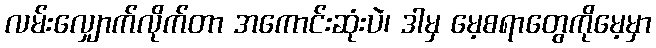
လမ်းလျှောက်လိုက်တာ အကောင်းဆုံးပဲ၊ ဒါမှ မေ့စရာတွေကိုမေ့မှာ